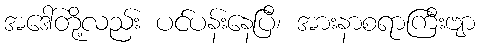
အဒေါ်တို့လည်း ပင်ပန်းနေပြီ၊ အားနာစရာကြီးဗျာ